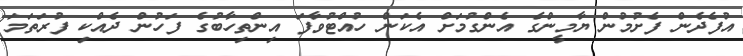
އުފެދެން ފެށުމުން ޔާމީންގެ އެންގުމަށް އެކަން ހުއްޓުވާފަ އިންތިހާބުގެ ފަހުން ދެއްކި ފުރަތަމަ